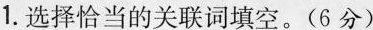
1.选择恰当的关联词填空。(6分)